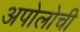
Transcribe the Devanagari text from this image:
अपोलोची